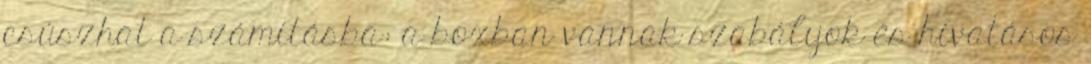
csúszhat a számításba: a boxban vannak szabályok és hivatásos